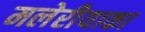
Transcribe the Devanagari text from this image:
मलेरीयाका